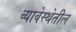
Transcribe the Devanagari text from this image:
व्यावेस्थेतील